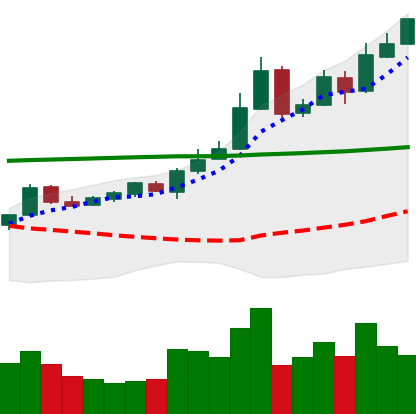
Ticker: BTC-USD
Chart end date: 2015-10-24
Forward return: 11.433%
Label: up_7plus